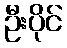
ဦးပိုင်